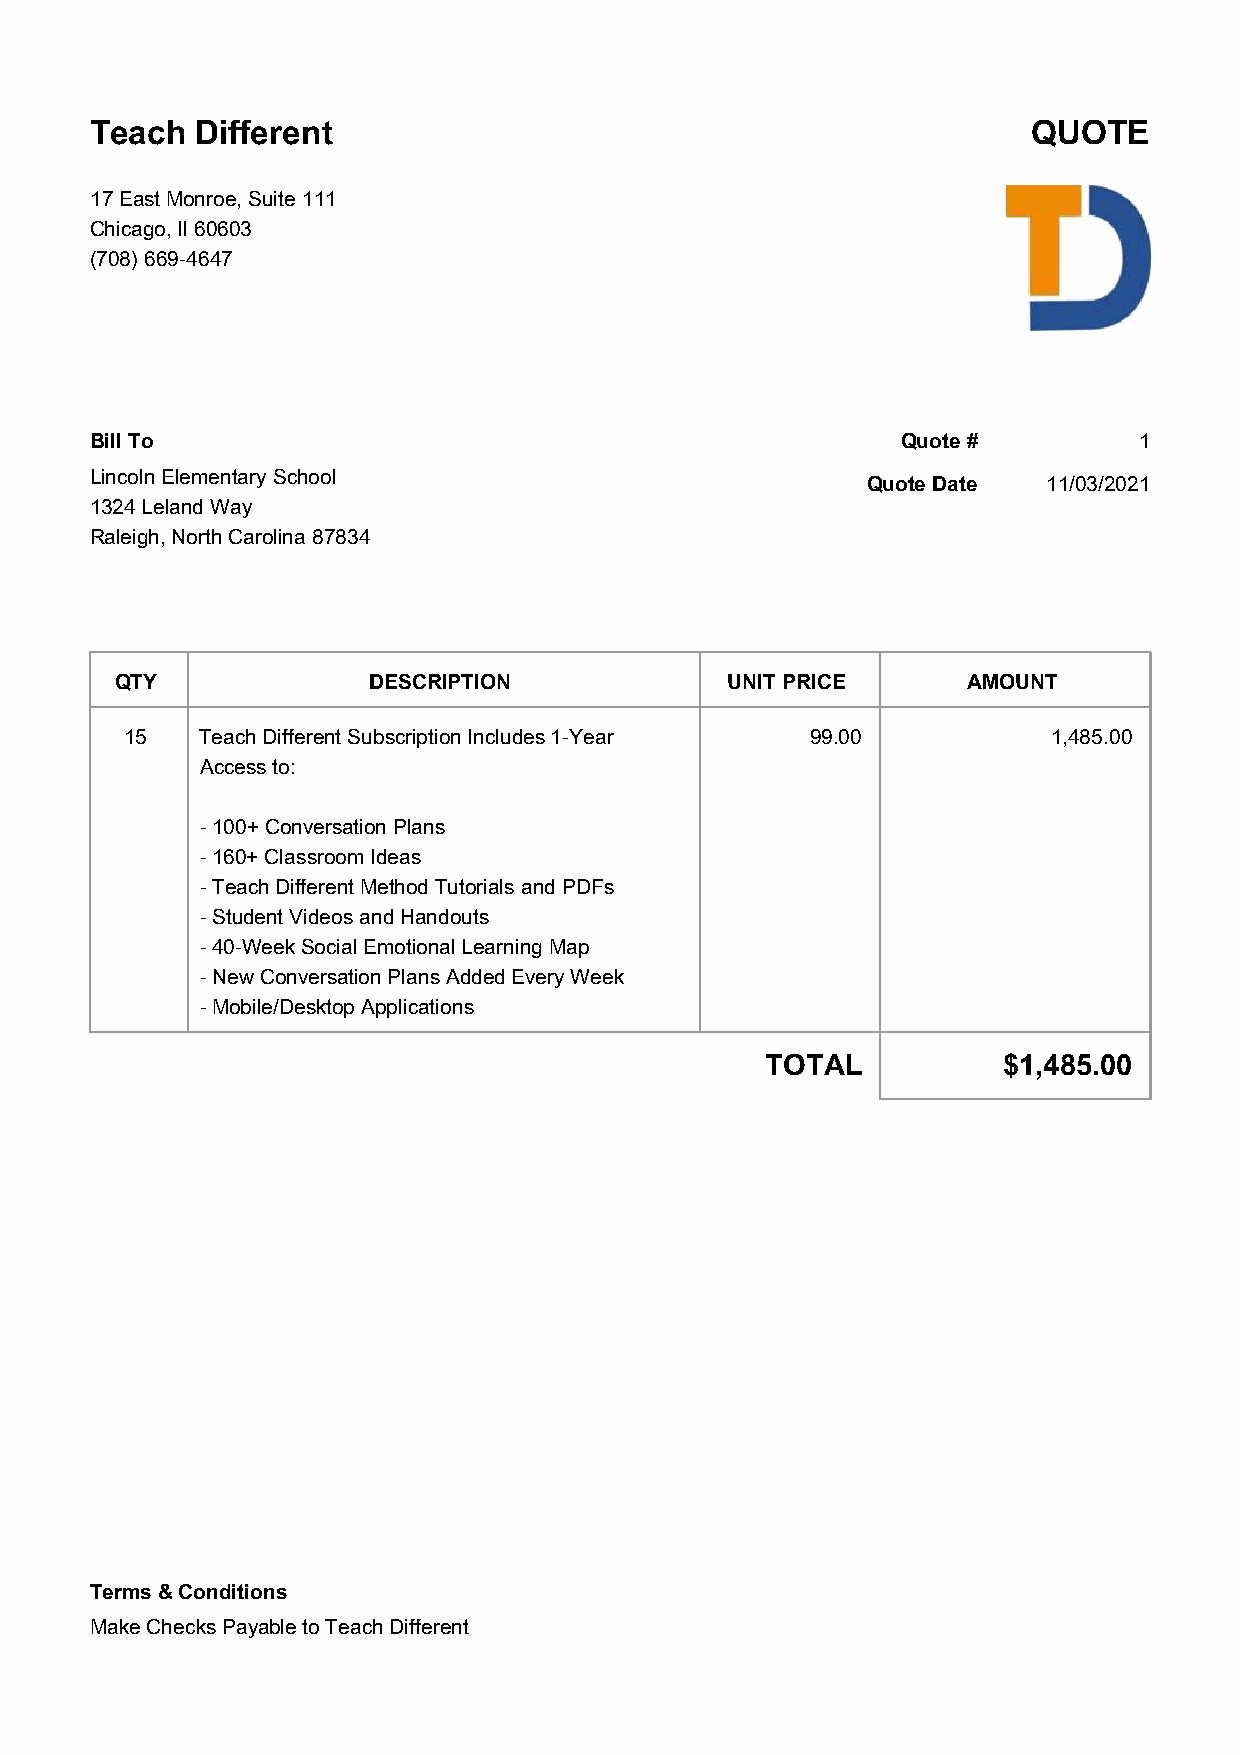
Teach  Different                                              QUOTE
 17 East Monroe, Suite 111
 Chicago, Il 60603
 (708) 669-4647
 Bill To                                               Quote #        1
 Lincoln Elementary School                          Quote Date  11/03/2021
 1324 Leland Way
 Raleigh, North Carolina 87834
 QTY             DESCRIPTION             UNIT PRICE      AMOUNT
 15   Teach Different Subscription Includes 1-Year 99.00       1,485.00
 Access to:
 - 100+ Conversation Plans
 - 160+ Classroom Ideas
 - Teach Different Method Tutorials and PDFs
 - Student Videos and Handouts
 - 40-Week Social Emotional Learning Map
 - New Conversation Plans Added Every Week
 - Mobile/Desktop Applications
 TOTAL          $1,485.00
 Terms & Conditions
 Make Checks Payable to Teach Different